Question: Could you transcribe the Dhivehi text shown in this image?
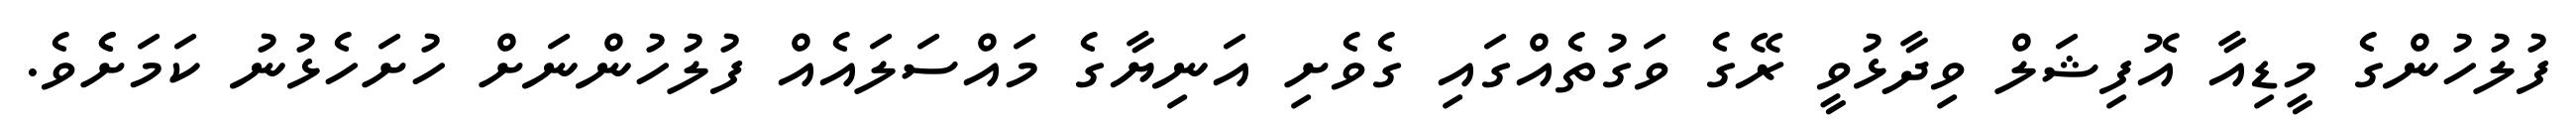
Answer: ފުލުހުންގެ މީޑިއާ އޮފިޝަލް ވިދާޅުވީ ރޭގެ ވަގުތެއްގައި ގެވެށި އަނިޔާގެ މައްސަލައެއް ފުލުހުންނަށް ހުށަހެޅުނު ކަމަށެެވެ.